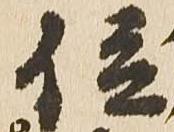
位